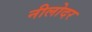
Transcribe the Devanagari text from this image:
नीलोदर